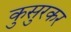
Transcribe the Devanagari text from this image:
कुसुरकर